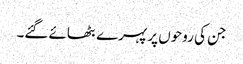
جن کی روحوں پر پہرے بٹھائے گئے۔